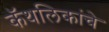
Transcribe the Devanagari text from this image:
कॅथलिकांचे